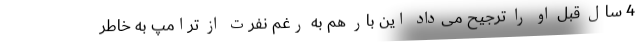
4 سال قبل او را ترجیح می‌داد این بار هم به رغم نفرت از ترامپ به خاطر